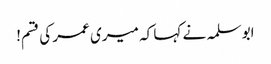
ابو سلمہ نے کہا کہ میری عمر کی قسم!